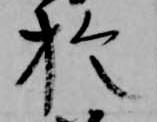
於